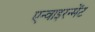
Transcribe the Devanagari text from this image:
एन्वाइरन्मेंट